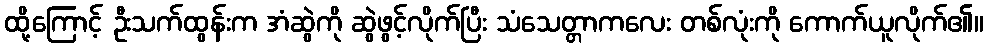
ထို့ကြောင့် ဦးသက်ထွန်းက အံဆွဲကို ဆွဲဖွင့်လိုက်ပြီး သံသေတ္တာကလေး တစ်လုံးကို ကောက်ယူလိုက်၏။